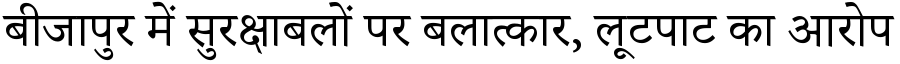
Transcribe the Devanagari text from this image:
बीजापुर में सुरक्षाबलों पर बलात्कार, लूटपाट का आरोप